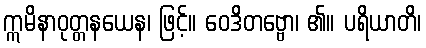
ဣမိနာဝုတ္တနယေန၊ ဖြင့်။ ဝေဒိတဗ္ဗော၊ ၏။ ပရိယာတိ၊